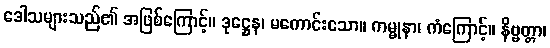
ဒေါသများသည်၏ အဖြစ်ကြောင့်။ ဒုဋ္ဌေန၊ မကောင်းသော။ ကမ္မုနာ၊ ကံကြောင့်။ နိဗ္ဗတ္တာ၊